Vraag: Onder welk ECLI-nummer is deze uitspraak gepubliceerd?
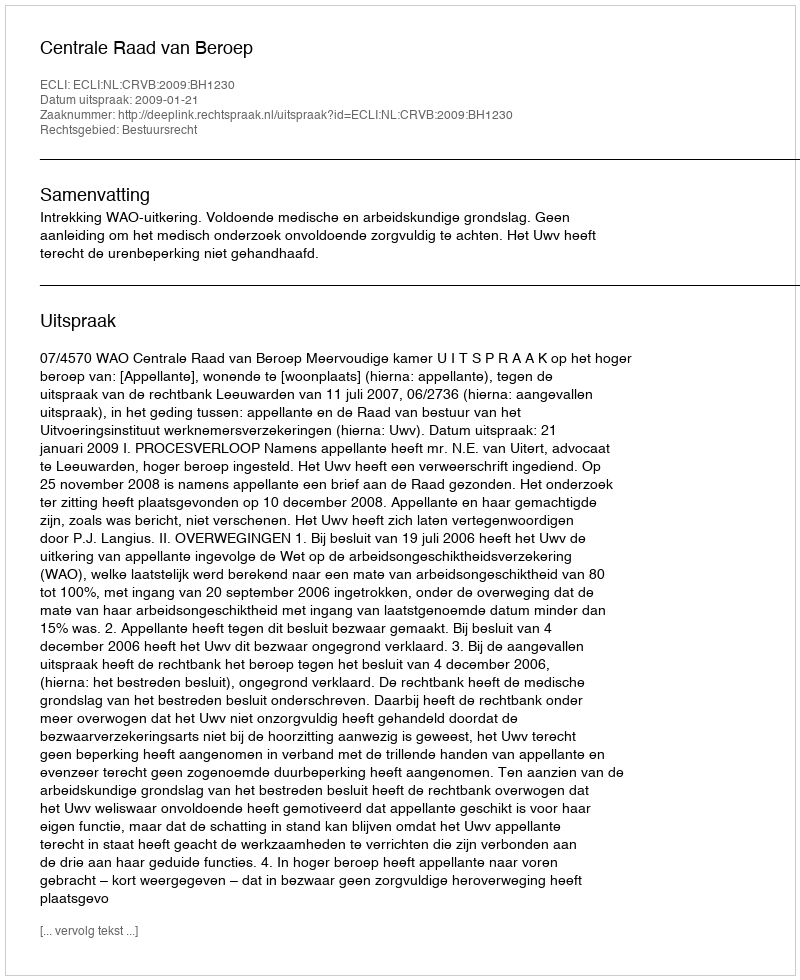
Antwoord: ECLI:NL:CRVB:2009:BH1230